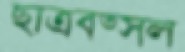
ছাত্রবত্সল